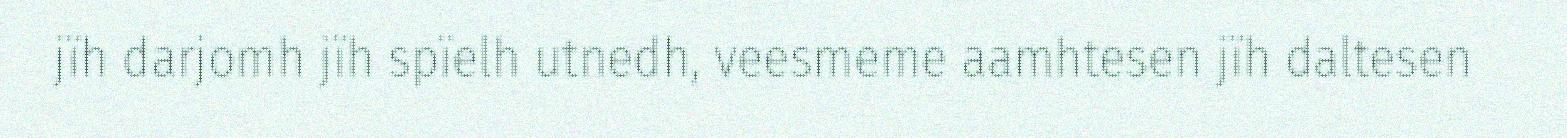
jïh darjomh jïh spïelh utnedh, veesmeme aamhtesen jïh daltesen